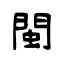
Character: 閩